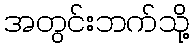
အတွင်းဘက်သို့